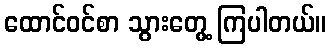
ထောင်ဝင်စာ သွားတွေ့ ကြပါတယ်။